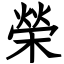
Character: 榮